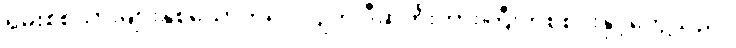
ရှမ်းစစ်သားများနှစ်ယောက်ရပ်လျက် ဒီဆိုတိုးကားကြီးတစ်စင်းနှင့်တွေ့သည်။